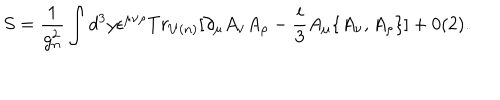
S = \frac { 1 } { g _ { n } ^ { 2 } } \int d ^ { 3 } y \epsilon ^ { \mu \nu \rho } T r _ { U ( n ) } \lbrack \partial _ { \mu } A _ { \nu } A _ { \rho } - \frac { i } { 3 } A _ { \mu } \{ A _ { \nu } , A _ { \rho } \} \rbrack + 0 ( 2 ) .